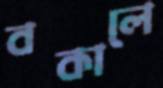
বকালে